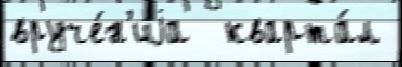
вруче́н'иjа  кварта́л